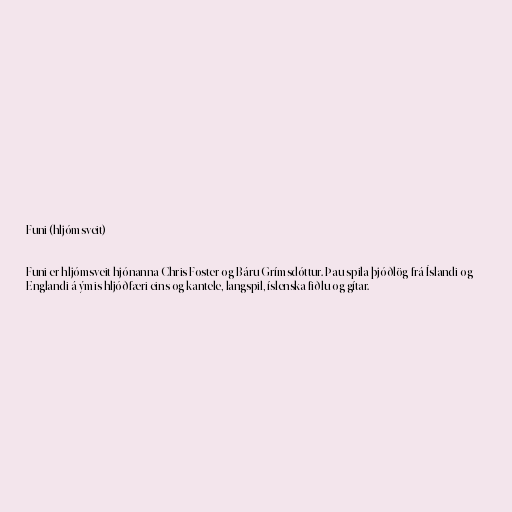
Funi (hljómsveit)

Funi er hljómsveit hjónanna Chris Foster og Báru Grímsdóttur. Þau spila þjóðlög frá Íslandi og
Englandi á ýmis hljóðfæri eins og kantele, langspil, íslenska fiðlu og gítar.